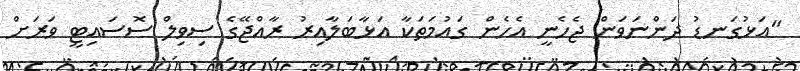
"އަޅުގަނޑު ދަންނަވަން ޖެހެނީ އެހެން ގައުމަތަކާ އަޅާބަލާއިރު ރާއްޖޭގެ ސިވިލް ސޮސައިޓީ ވަރަށް